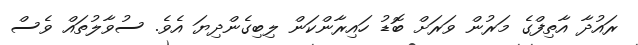
ރައުދާ އާތިފްގެ މަރުން ވަރަށް ބޮޑު ހައިރާންކަން ލިބިގެންދިޔަ އެވެ. ސުވާލުތައް ވެސް